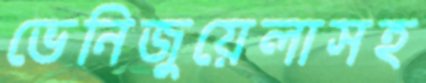
ভেনিজুয়েলাসহ